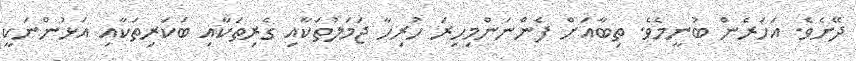
ދޭށެވެ. އަހަރެން ބުނީމެވެ. ތިބާއަށް ފެންނަންމިހިރަ ހުރިހާ ޖަމަލުތަކާއި ގެރިތަކާއި ބަކަރިތަކާއި އަޅުންނަކީ